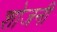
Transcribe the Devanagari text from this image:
शोजनी